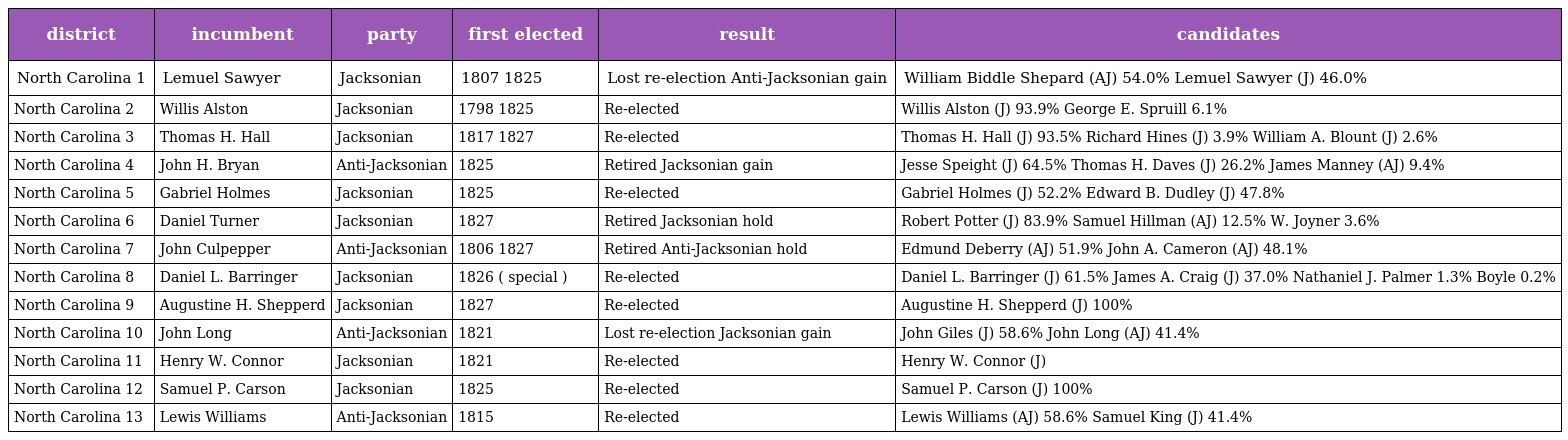
| district | incumbent | party | first elected | result | candidates |
 | --- | --- | --- | --- | --- | --- |
 | North Carolina 1 | Lemuel Sawyer | Jacksonian | 1807 1825 | Lost re-election Anti-Jacksonian gain | William Biddle Shepard (AJ) 54.0% Lemuel Sawyer (J) 46.0% |
 | North Carolina 2 | Willis Alston | Jacksonian | 1798 1825 | Re-elected | Willis Alston (J) 93.9% George E. Spruill 6.1% |
 | North Carolina 3 | Thomas H. Hall | Jacksonian | 1817 1827 | Re-elected | Thomas H. Hall (J) 93.5% Richard Hines (J) 3.9% William A. Blount (J) 2.6% |
 | North Carolina 4 | John H. Bryan | Anti-Jacksonian | 1825 | Retired Jacksonian gain | Jesse Speight (J) 64.5% Thomas H. Daves (J) 26.2% James Manney (AJ) 9.4% |
 | North Carolina 5 | Gabriel Holmes | Jacksonian | 1825 | Re-elected | Gabriel Holmes (J) 52.2% Edward B. Dudley (J) 47.8% |
 | North Carolina 6 | Daniel Turner | Jacksonian | 1827 | Retired Jacksonian hold | Robert Potter (J) 83.9% Samuel Hillman (AJ) 12.5% W. Joyner 3.6% |
 | North Carolina 7 | John Culpepper | Anti-Jacksonian | 1806 1827 | Retired Anti-Jacksonian hold | Edmund Deberry (AJ) 51.9% John A. Cameron (AJ) 48.1% |
 | North Carolina 8 | Daniel L. Barringer | Jacksonian | 1826 ( special ) | Re-elected | Daniel L. Barringer (J) 61.5% James A. Craig (J) 37.0% Nathaniel J. Palmer 1.3% Boyle 0.2% |
 | North Carolina 9 | Augustine H. Shepperd | Jacksonian | 1827 | Re-elected | Augustine H. Shepperd (J) 100% |
 | North Carolina 10 | John Long | Anti-Jacksonian | 1821 | Lost re-election Jacksonian gain | John Giles (J) 58.6% John Long (AJ) 41.4% |
 | North Carolina 11 | Henry W. Connor | Jacksonian | 1821 | Re-elected | Henry W. Connor (J) |
 | North Carolina 12 | Samuel P. Carson | Jacksonian | 1825 | Re-elected | Samuel P. Carson (J) 100% |
 | North Carolina 13 | Lewis Williams | Anti-Jacksonian | 1815 | Re-elected | Lewis Williams (AJ) 58.6% Samuel King (J) 41.4% |